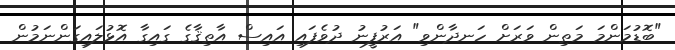
"ބޮޑުމަންމަ މަތިން ވަރަށް ހަނދާންވި" އަރުފީނު ދުވެފައި އައިސް އާތިޤާގެ ގައިގާ އޮޅުލައިގަންނަމުން